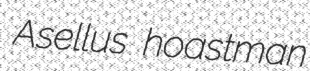
Asellus hoastman